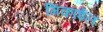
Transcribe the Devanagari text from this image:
मिकाईल